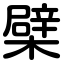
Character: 檗